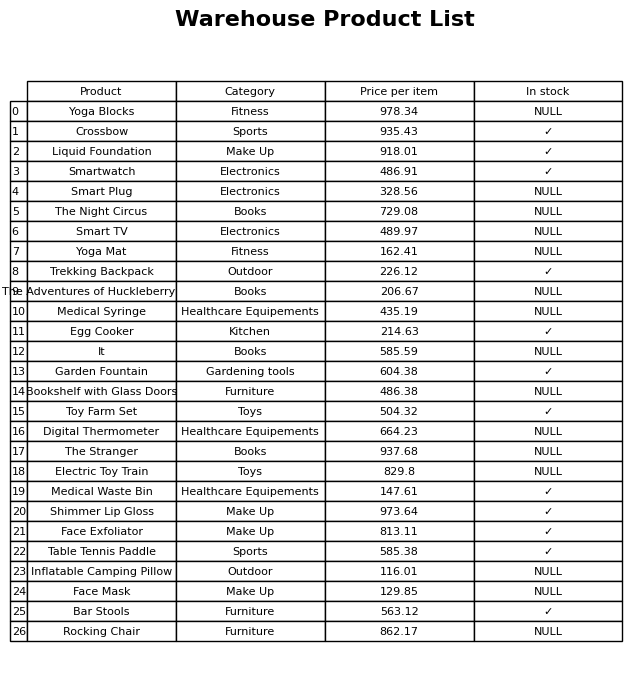
question: Is the Crossbow in stock?
answer: ✓